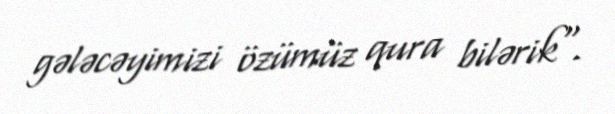
gələcəyimizi özümüz qura bilərik".